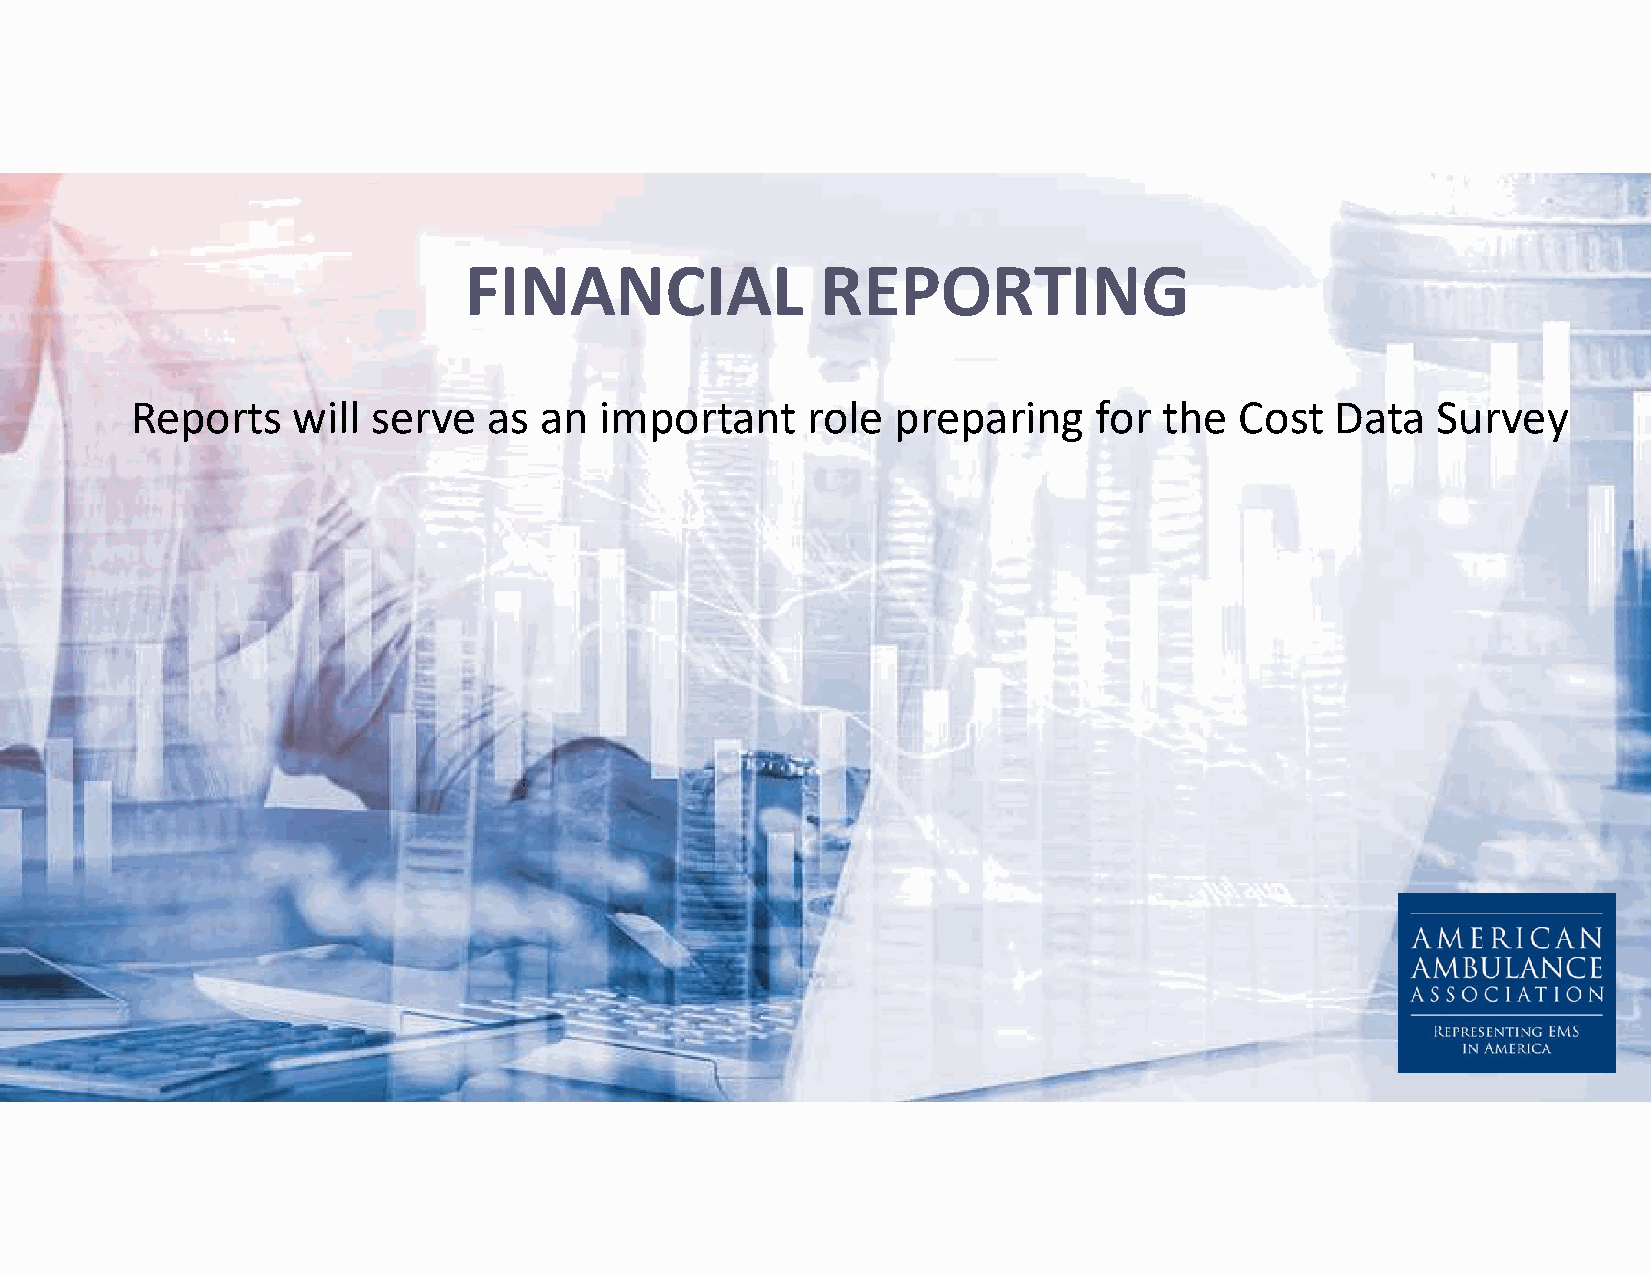
FINANCIAL              REPORTING
 Reports   will  serve  as  an  important    role  preparing    for  the  Cost  Data   Survey